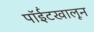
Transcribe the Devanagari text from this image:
पॉईंटखालून